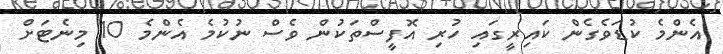
އެންމެ ކުޑަވެގެން ކައިރީގައި ހުރި އޮފީސްތަކުން ވެސް ނުކުމެ އެންމެ 10 މިނެޓަށް